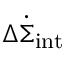
\Delta \dot { \Sigma } _ { \mathrm { i n t } }